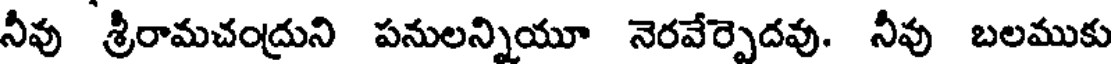
నీవు శ్రీరామచంద్రుని పనులన్నియూ నెరవేర్పెదవు. నీవు బలముకు